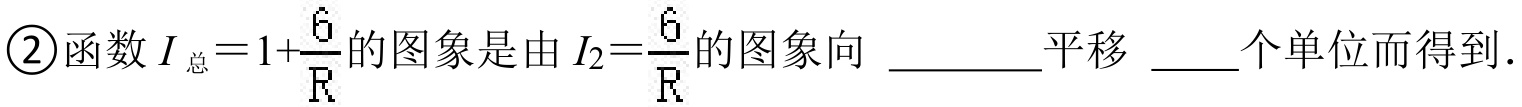
\textcircled{2}函数\(I_{总}=1 + \frac{6}{R}\)的图象是由\(I_{2}=\frac{6}{R}\)的图象向 \underline{\qquad}平移 \underline{\qquad}个单位而得到.